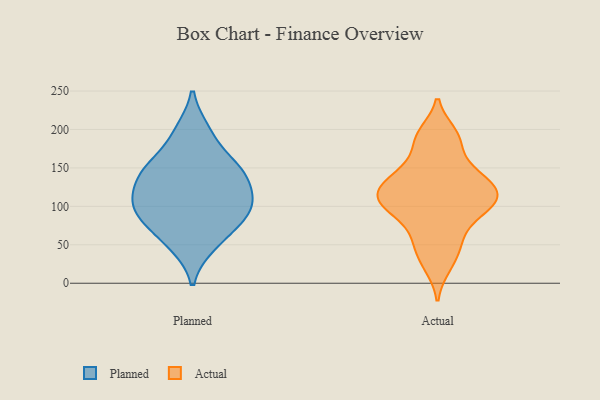
{"axis": {"x": "Headcount", "y": "Value"}, "legend": ["Actual", "Planned"], "data": [{"x": "", "y": 49, "type": "Planned"}, {"x": "", "y": 152, "type": "Planned"}, {"x": "", "y": 88, "type": "Planned"}, {"x": "", "y": 78, "type": "Planned"}, {"x": "", "y": 195, "type": "Planned"}, {"x": "", "y": 77, "type": "Planned"}, {"x": "", "y": 98, "type": "Planned"}, {"x": "", "y": 98, "type": "Planned"}, {"x": "", "y": 149, "type": "Planned"}, {"x": "", "y": 142, "type": "Planned"}, {"x": "", "y": 100, "type": "Planned"}, {"x": "", "y": 121, "type": "Planned"}, {"x": "", "y": 148, "type": "Planned"}, {"x": "", "y": 117, "type": "Planned"}, {"x": "", "y": 198, "type": "Planned"}, {"x": "", "y": 152, "type": "Planned"}, {"x": "", "y": 114, "type": "Planned"}, {"x": "", "y": 51, "type": "Planned"}, {"x": "", "y": 74, "type": "Actual"}, {"x": "", "y": 140, "type": "Actual"}, {"x": "", "y": 97, "type": "Actual"}, {"x": "", "y": 121, "type": "Actual"}, {"x": "", "y": 105, "type": "Actual"}, {"x": "", "y": 130, "type": "Actual"}, {"x": "", "y": 195, "type": "Actual"}, {"x": "", "y": 129, "type": "Actual"}, {"x": "", "y": 191, "type": "Actual"}, {"x": "", "y": 100, "type": "Actual"}, {"x": "", "y": 144, "type": "Actual"}, {"x": "", "y": 22, "type": "Actual"}, {"x": "", "y": 104, "type": "Actual"}, {"x": "", "y": 110, "type": "Actual"}, {"x": "", "y": 172, "type": "Actual"}, {"x": "", "y": 56, "type": "Actual"}, {"x": "", "y": 43, "type": "Actual"}]}